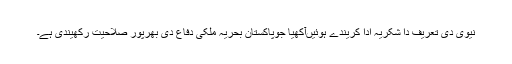
نیوی دی تعریف دا شکریہ ادا کریندے ہوئیںآکھیا جوپاکستان بحریہ ملکی دفاع دی بھرپور صلاحیت رکھیندی ہے۔